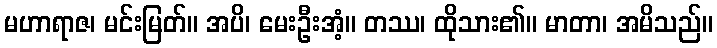
မဟာရာဇ၊ မင်းမြတ်။ အပိ၊ မေးဦးအံ့။ တဿ၊ ထိုသား၏။ မာတာ၊ အမိသည်။